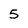
Character: 5